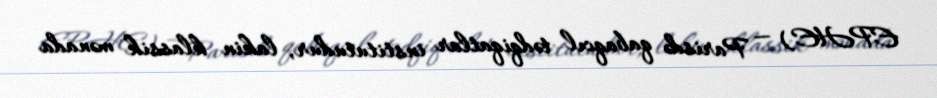
EPHE) — Parisdə qabaqcıl tədqiqatlar institutudur, lakin klassik mənada